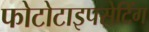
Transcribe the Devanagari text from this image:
फोटोटाइपसेटिंग